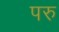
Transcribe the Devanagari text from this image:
परु